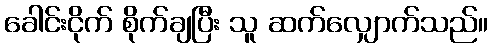
ခေါင်းငိုက် စိုက်ချပြီး သူ ဆက်လျှောက်သည်။